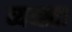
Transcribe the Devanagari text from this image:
व्यव्स्ता